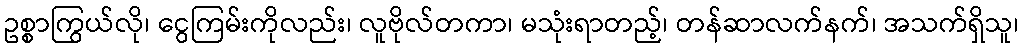
ဥစ္စာကြွယ်လို၊ ငွေကြမ်းကိုလည်း၊ လူဗိုလ်တကာ၊ မသုံးရာတည့်၊ တန်ဆာလက်နက်၊ အသက်ရှိသူ၊